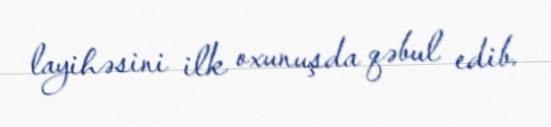
layihəsini ilk oxunuşda qəbul edib.